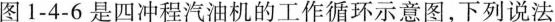
图1-4-6是四冲程汽油机的工作循环示意图，下列说法